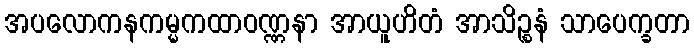
အပလောကနကမ္မကထာဝဏ္ဏနာ အာယူဟိတံ အာသိဉ္စနံ သာပေက္ခတာ